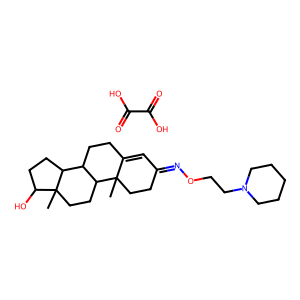
SMILES: CC12CCC(=NOCCN3CCCCC3)C=C1CCC1C2CCC2(C)C(O)CCC12.O=C(O)C(=O)O
Inhibits HIV replication: No